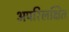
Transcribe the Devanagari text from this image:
अपरिलक्षित